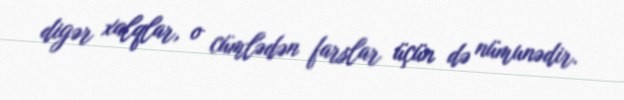
digər xalqlar, o cümlədən farslar üçün də nümunədir.